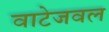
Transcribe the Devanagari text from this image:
वाटेजवल